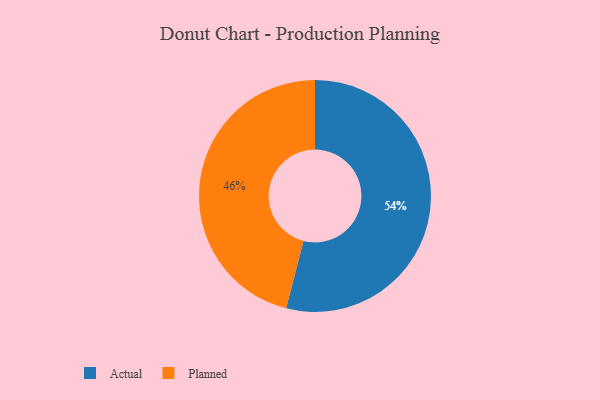
{"axis": {"x": "Category", "y": "Percentage"}, "legend": ["Actual", "Planned"], "data": [{"x": "Actual", "y": 54, "type": "Actual"}, {"x": "Planned", "y": 46, "type": "Planned"}]}